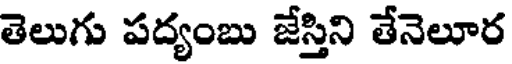
తెలుగు పద్యంబు జేస్తిని తేనెలూర